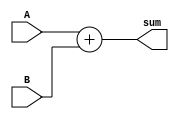
module adder
#(parameter n=4)
(
input [n-1:0]A,B,
output reg [n-1:0]sum
);

always@*
begin
sum=A+B;
end
endmodule